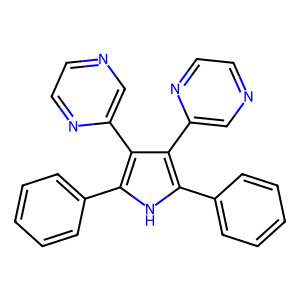
SMILES: c1ccc(-c2[nH]c(-c3ccccc3)c(-c3cnccn3)c2-c2cnccn2)cc1
Inhibits HIV replication: No